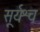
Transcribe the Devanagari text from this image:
सूर्यश्च